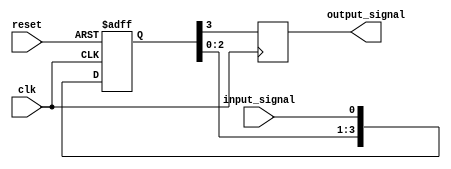
module synchronizer (
    input wire clk,
    input wire reset,
    input wire input_signal,
    
    output reg output_signal
);

reg [3:0] sync_flops;

// Timing control block
always @ (posedge clk or posedge reset)
begin
    if (reset)
        sync_flops <= 4'b0;
    else
        sync_flops <= {sync_flops[2:0], input_signal};
end

// Synchronization blocks
always @ (posedge clk)
begin
    output_signal <= sync_flops[3];
end

endmodule